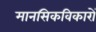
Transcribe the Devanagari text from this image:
मानसिकविकारों